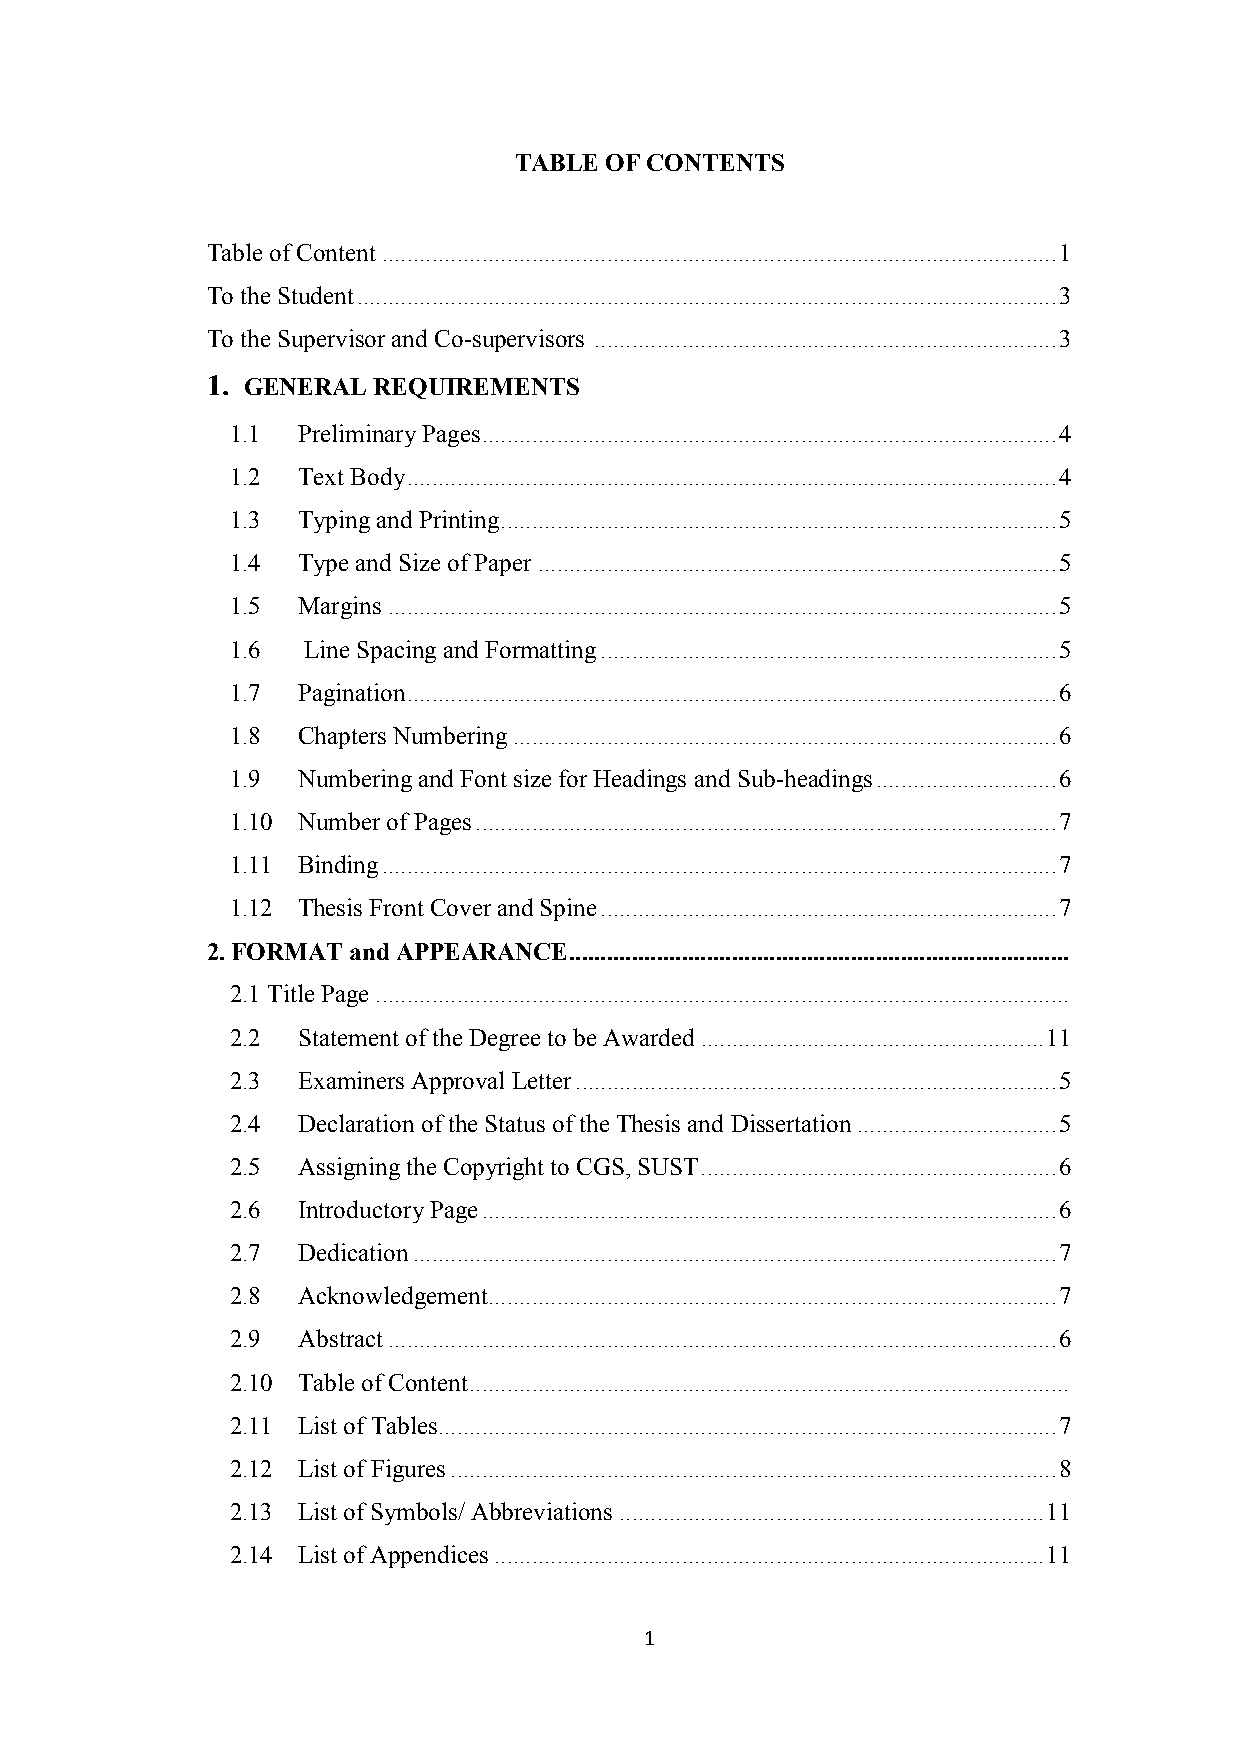
TABLE OF CONTENTS
 Table of Content ............................................................................................................ 1
 To the Student ................................................................................................................ 3
 To the Supervisor and Co-supervisors .......................................................................... 3
 1. GENERAL REQUIREMENTS
 1.1  Preliminary Pages ............................................................................................ 4
 1.2  Text Body ........................................................................................................ 4
 1.3  Typing and Printing......................................................................................... 5
 1.4  Type and Size of Paper ................................................................................... 5
 1.5  Margins ........................................................................................................... 5
 1.6  Line Spacing and Formatting ......................................................................... 5
 1.7  Pagination ........................................................................................................ 6
 1.8  Chapters Numbering ....................................................................................... 6
 1.9  Numbering and Font size for Headings and Sub-headings ............................. 6
 1.10 Number of Pages ............................................................................................. 7
 1.11 Binding ............................................................................................................ 7
 1.12 Thesis Front Cover and Spine ......................................................................... 7
 2. FORMAT and APPEARANCE ................................................................................
 2.1 Title Page ...............................................................................................................
 2.2  Statement of the Degree to be Awarded ....................................................... 11
 2.3  Examiners Approval Letter ............................................................................. 5
 2.4  Declaration of the Status of the Thesis and Dissertation ................................ 5
 2.5  Assigning the Copyright to CGS, SUST ......................................................... 6
 2.6  Introductory Page ............................................................................................ 6
 2.7  Dedication ....................................................................................................... 7
 2.8  Acknowledgement ........................................................................................... 7
 2.9  Abstract ........................................................................................................... 6
 2.10 Table of Content ................................................................................................
 2.11 List of Tables ................................................................................................... 7
 2.12 List of Figures ................................................................................................. 8
 2.13 List of Symbols/ Abbreviations .................................................................... 11
 2.14 List of Appendices ........................................................................................ 11
 1